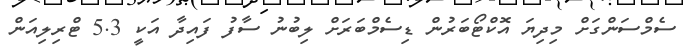
ސެމްސަންގަށް މިދިޔަ އޮކްޓޯބަރުން ޑިސެމްބަރަށް ލިބުނު ސާފު ފައިދާ އަކީ 5.3 ޓްރިލިއަން